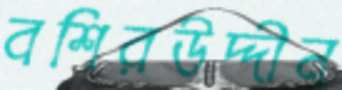
বশিরউদ্দীন